Annual report on the Civil Veterinary Department, Burma (including the Insein Veterinary School) - 1932-1941
Year: 1932
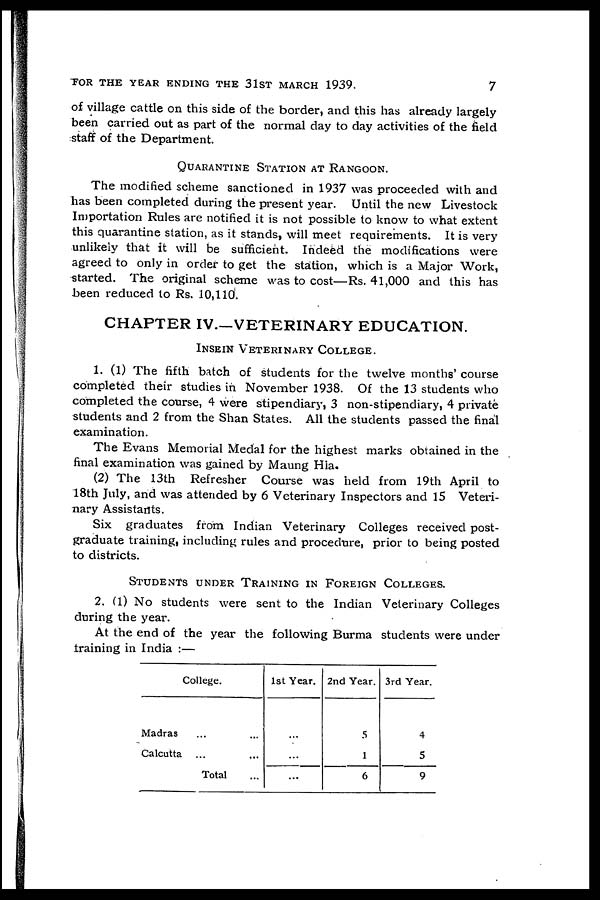
FOR THE YEAR ENDING THE 31ST MARCH 1939.
7
of village cattle on this side of the border, and this has already largely
been carried out as part of the normal day to day activities of the field
staff of the Department.
QUARANTINE STATION AT RANGOON.
The modified scheme sanctioned in 1937 was proceeded with and
has been completed during the present year. Until the new Livestock
Importation Rules are notified it is not possible to know to what extent
this quarantine station, as it stands, will meet requirements. It is very
unlikely that it will be sufficient. Indeed the modifications were
agreed to only in order to get the station, which is a Major Work,
started. The original scheme was to cost—Rs. 41,000 and this has
been reduced to Rs. 10,110.
CHAPTER IV—VETERINARY EDUCATION.
INSEIN VETERINARY COLLEGE.
1. (1) The fifth batch of students for the twelve months' course
completed their studies in November 1938. Of the 13 students who
completed the course, 4 were stipendiary, 3 non-stipendiary, 4 private
students and 2 from the Shan States. All the students passed the final
examination.
The Evans Memorial Medal for the highest marks obtained in the
final examination was gained by Maung Hia.
(2) The 13th Refresher Course was held from 19th April to
18th July, and was attended by 6 Veterinary Inspectors and 15 Veteri-
nary Assistants.
Six graduates from Indian Veterinary Colleges received post-
graduate training, including rules and procedure, prior to being posted
to districts.
STUDENTS UNDER TRAINING IN FOREIGN COLLLEGES.
2. (1) No students were sent to the Indian Veterinary Colleges
during the year.
At the end of the year the following Burma students were under
training in India :—
College.
Madras ... ...
Calcutta ... ...
Total ...
1st Year.
...
...
...
2nd Year.
5
1
6
3rd Year.
4
5
9